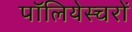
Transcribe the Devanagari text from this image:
पॉलियेस्चरों